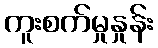
ကူးစက်မှုနှုန်း